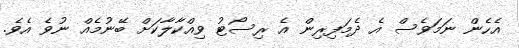
އެހެން ނަމަވެސް އެ ދެމަފިރިން އެ ރިސޯޓު ވިއްކާލާކަށް ބޭނުމެއް ނުވެ އެވެ.